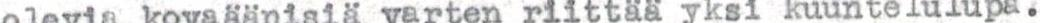
olevia kovaäänisiä varten riittää yksi kuuntelulupa.